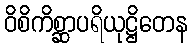
ဝိစိကိစ္ဆာပရိယုဋ္ဌိတေန